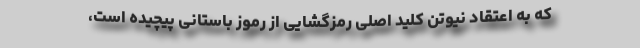
که به اعتقاد نیوتن کلید اصلی رمزگشایی از رموز باستانی پیچیده است،